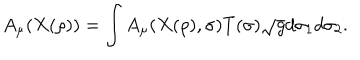
LaTeX: A _ { \mu } ( X ( \rho ) ) = \int A _ { \mu } ( X ( \rho ) , \sigma ) T ( \sigma ) \sqrt { g } d \sigma _ { 1 } d \sigma _ { 2 } .